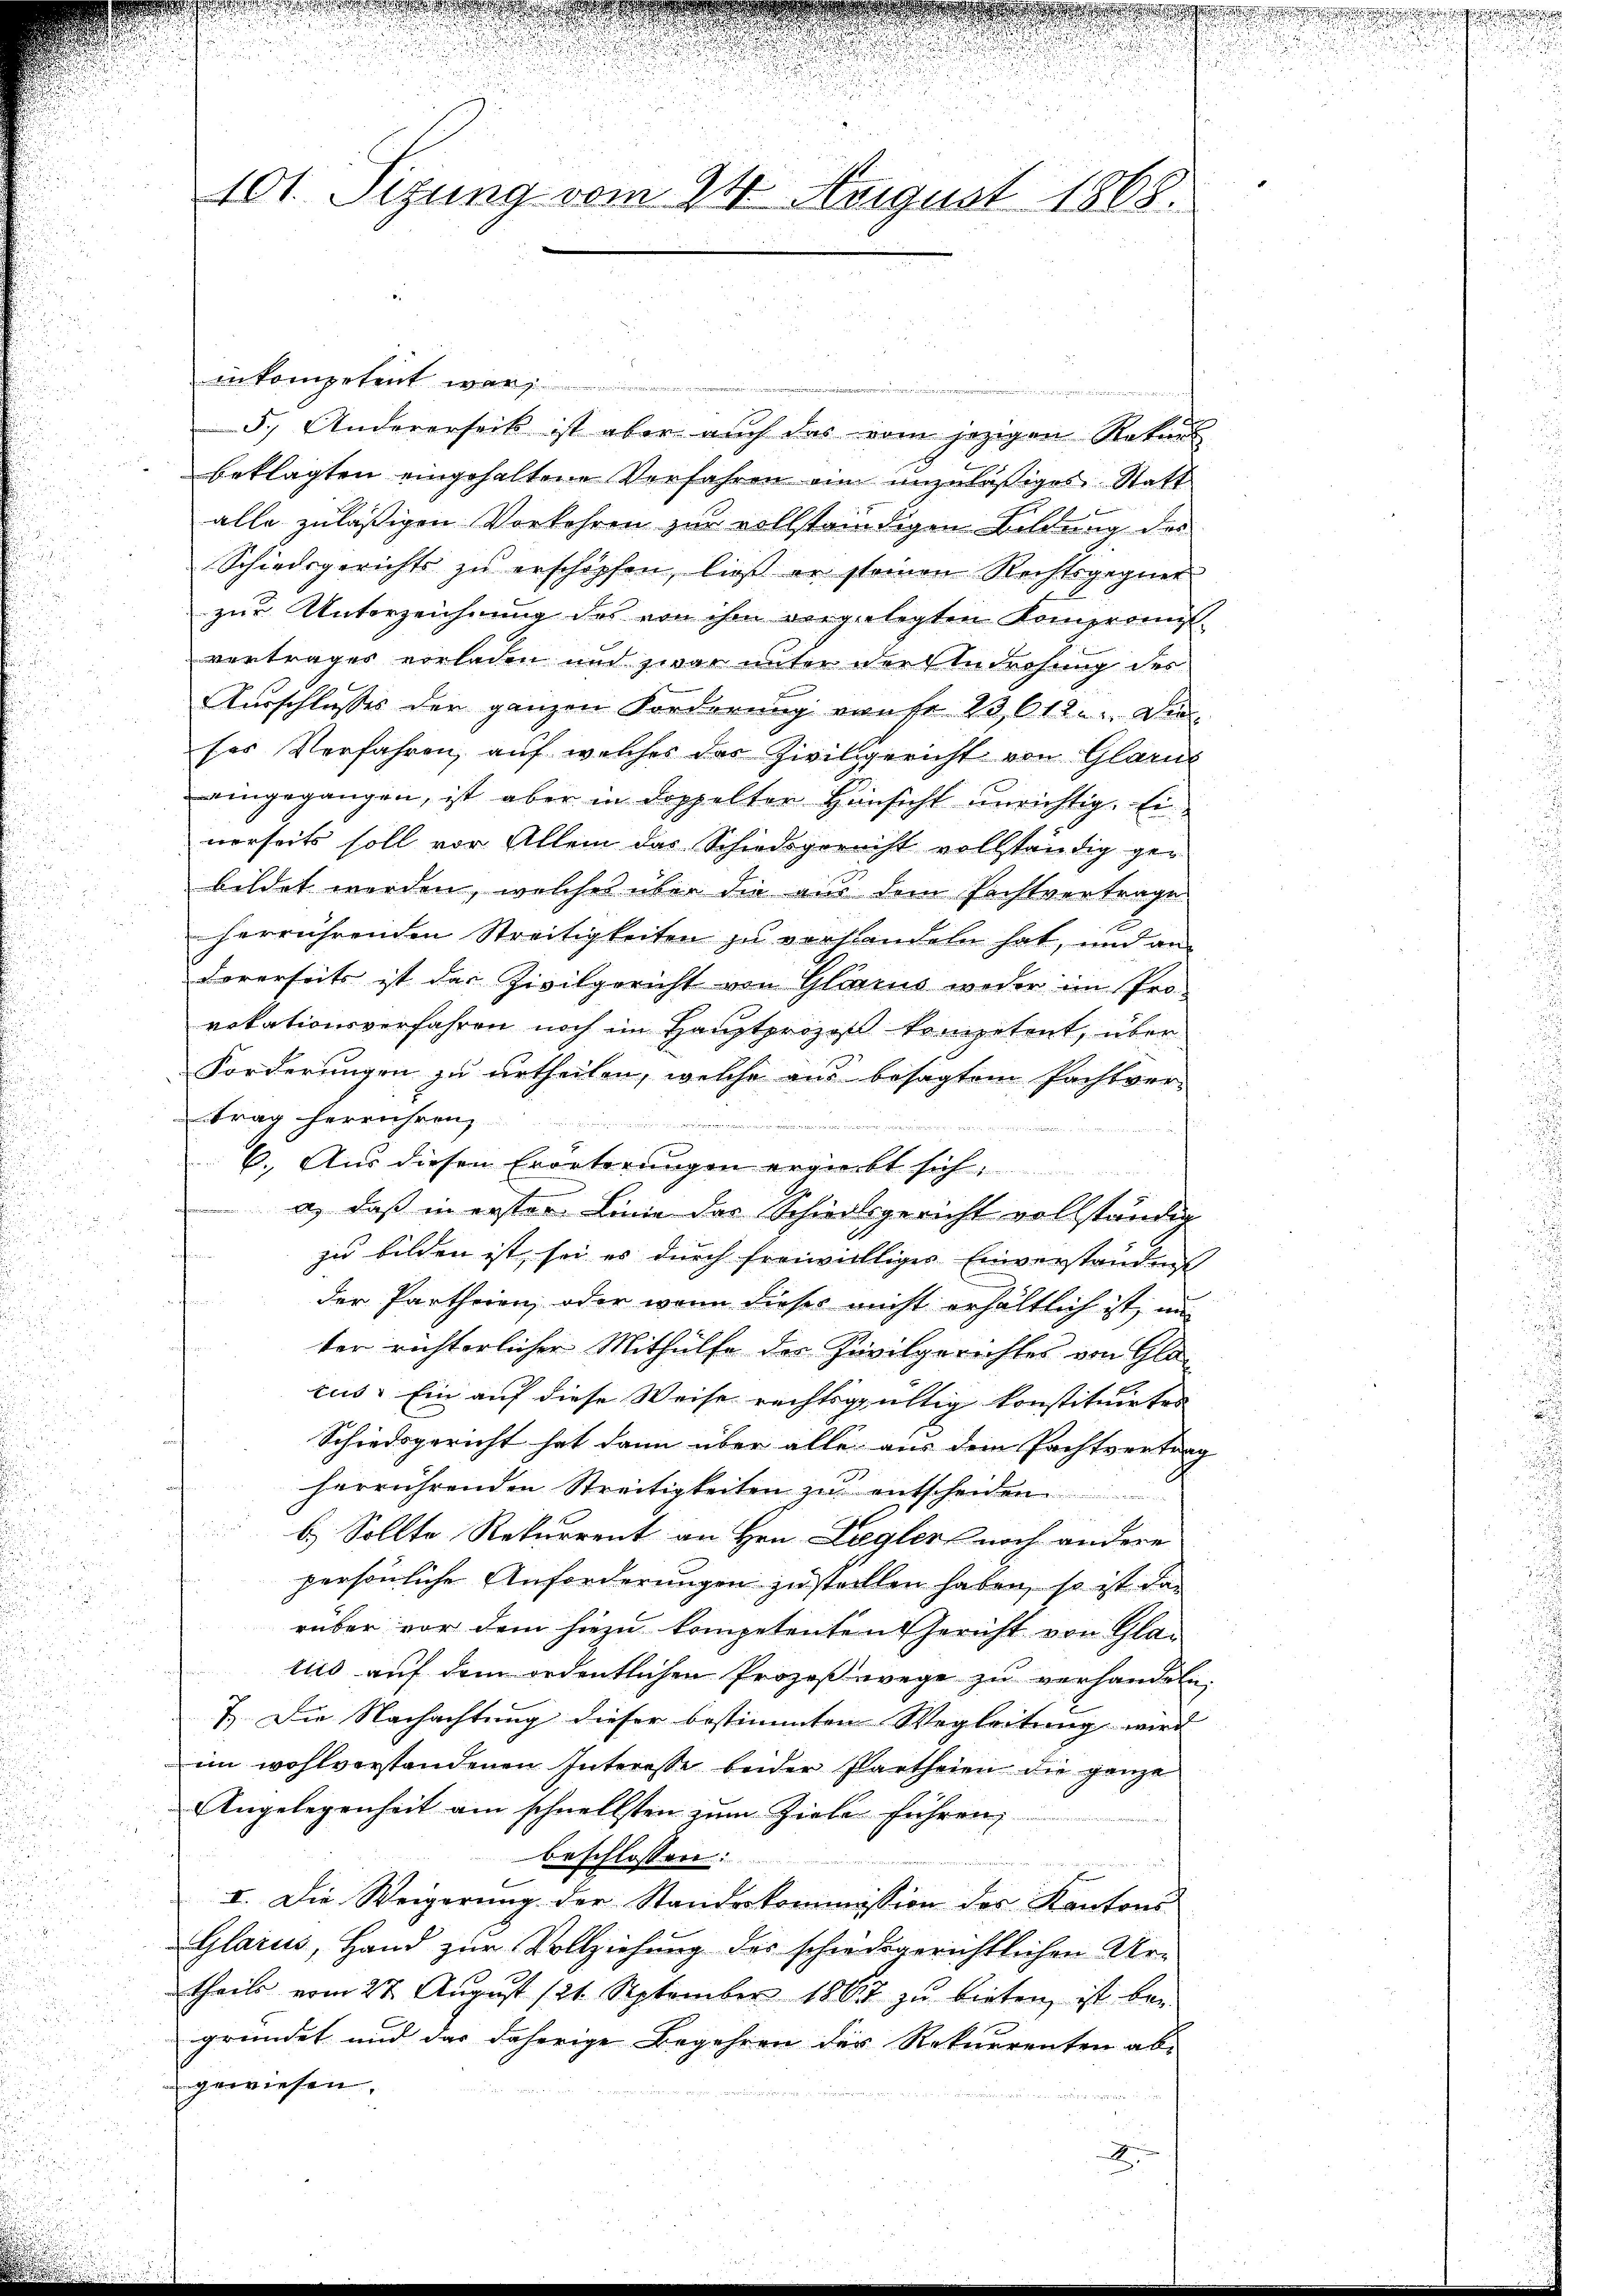
.

101. Sitzung vom 24. August 1868.

inkompetent war
 a, sel. Wiedene
5.) Andererseits ist aber auch das vom jezigen Rekurs
beklagten eingehaltene Verfahren ein unzuläßiges Statt
alle zuläßigen Vorkehren zur vollständigen Bildung des
Schiedsgerichts zŭ erschöpfen, ließ er seinen Rechtsgegnet
zur Unterzeichnung des von ihm vorgelegten Komprompt
verträger vorladen und zwar unter der Androhung des
Ausschlusses der ganzen Forderung aufe 23,612. Die
ses Verfahren, auf welches der Zivilgericht von Glarus
eingegangen, ist aber in doppelter Hinsicht unrichtig. Einerseits soll vor Allem das Schiedsgericht vollständig ge-
bildet werden, welches über die aus dem Rechtvertrage
herrührenden Streitigkeiten zu verhandeln hat, und an
Forerseits ist der Zivilgericht von Glarus weder im Provokationsverfahren noch im Hauptprozess kompetent, über
Forderungen zu urtheilen, welche aus besagtem Pachtver-
trag herrühreng
6. Aus diesen Erörterungen ergeerbt sich
a, daß in erster Linie das Schiedlsgericht vollständig
¬
zu bilden ist, sei es durch freiwilliges Einverstanden
der Partheien, oder wenn dieses nicht erhältlich ist, im
ter richterlicher Mithülfe des Zivilgerichtes von Glatus. Ein auf diese Weise rechtsgültig konstituirter
Schiedsgericht hat dann über alle aus dem Pachtvertrag
herrührenden Streitigkeiten zu entsche
b.) Sollte Rekurrent an Hrn. Lagler noch andere
persönliche Anforderungen zu stellen haben, so ist das
rüber vor dem hiezu kompetenten Gericht von Glatico auf dem ordentlichen Prozeßwege zu verhandeln.
7. Die Nachachtung dieser bestimmten Wegleitung wird
im wohlvorstandenen Interesse beider Partheien die ganze
Angelegenheit am schnellsten zum Ziele führen,
beschlossen:
E
I. Die Weigerŭng der Standeskommission des Kantons
Glarus, Hand zur Vollziehung des schiedsgerichtlichen Ur-
theils vom 27. August 121. September 1867 zu bieten, ist bei
gründet und das daherige Begehren der Rekurrenten ab-
gewiesen.

e

a der

u